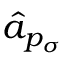
\hat { a } _ { p _ { \sigma } }